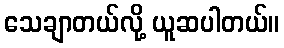
သေချာတယ်လို့ ယူဆပါတယ်။